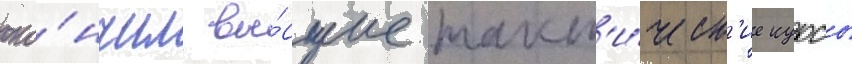
око́нчил вы́сшие такт'и́ческ'ие курсы